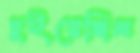
চুইয়েছিল